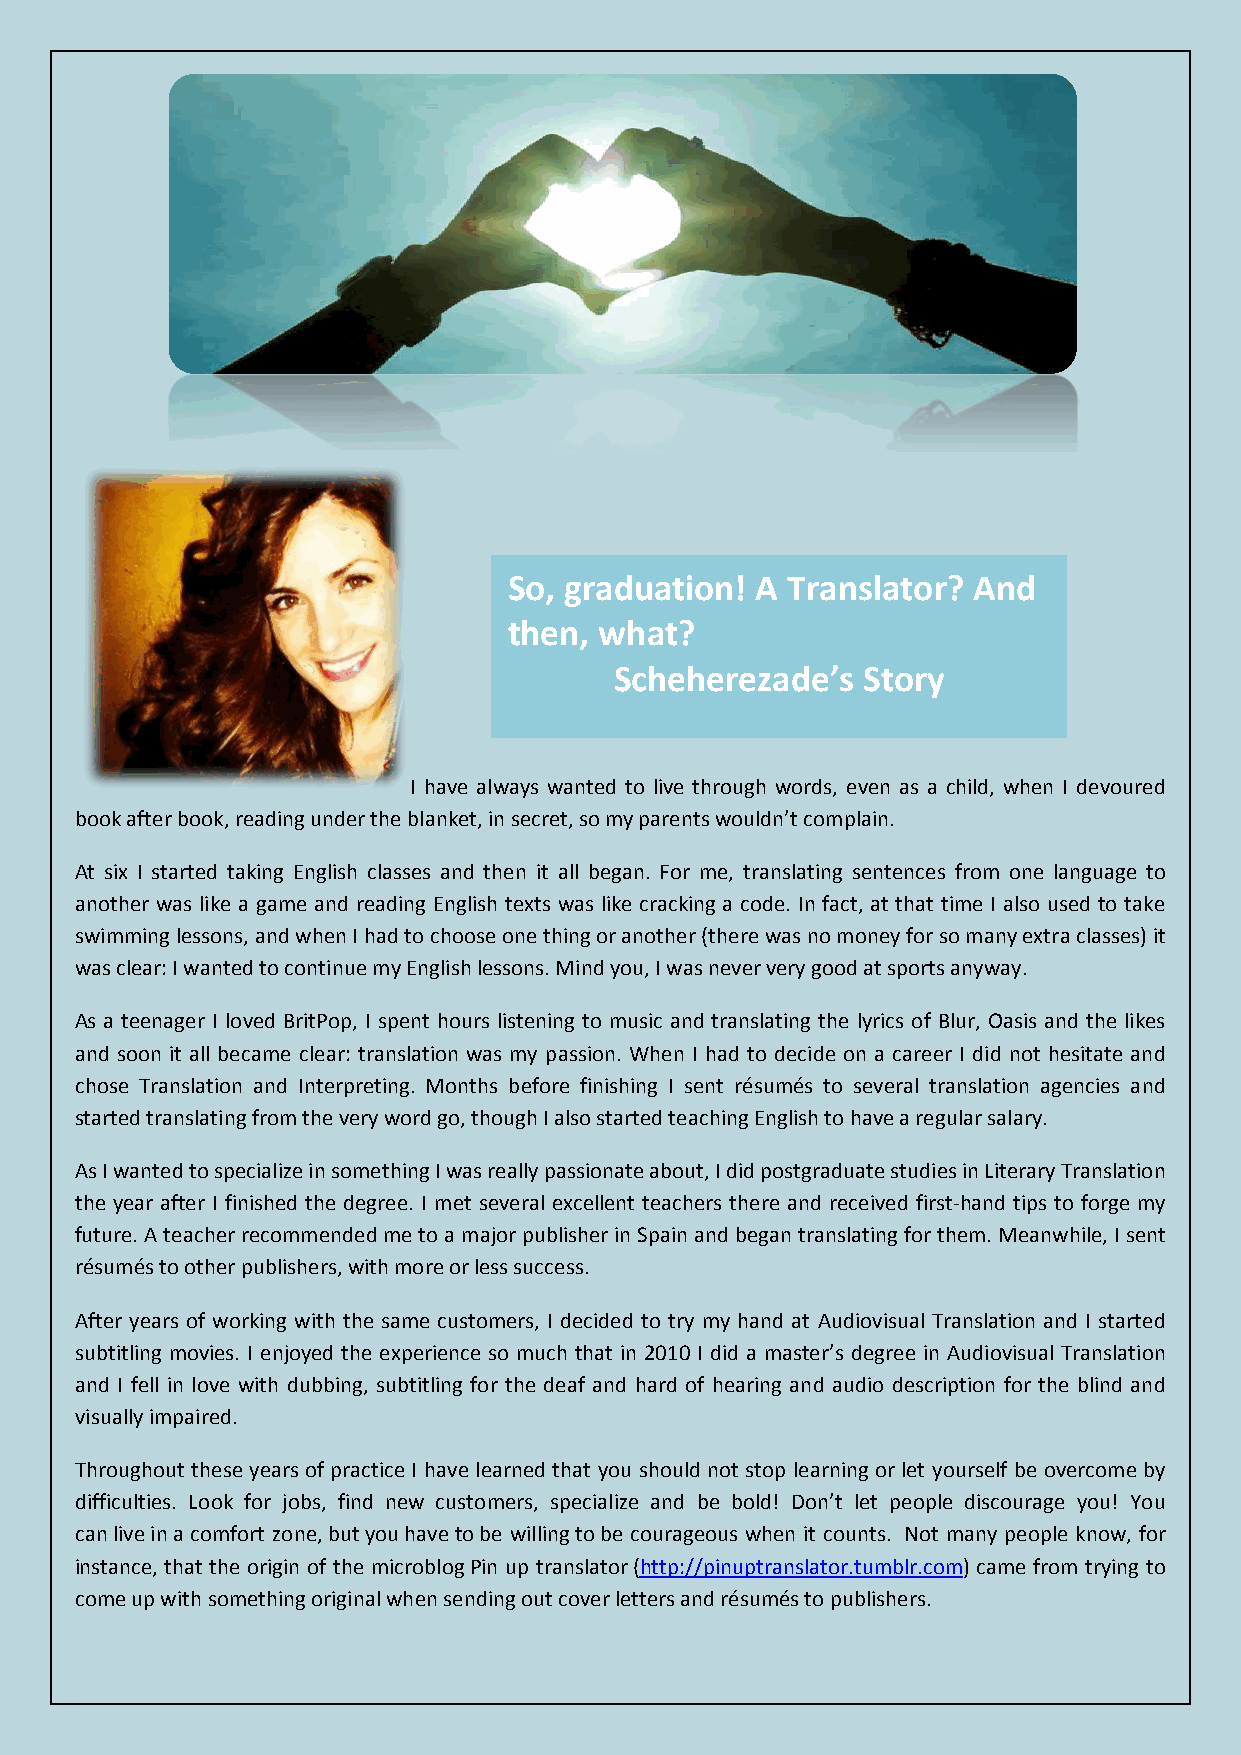
So, graduation! A Translator? And
 then, what?
 Scheherezade’s  Story
 I have always wanted to live through words, even as a child, when I devoured
 book after book, reading under the blanket, in secret, so my parents wouldn’t complain.
 At six I started taking English classes and then it all began. For me, translating sentences from one language to
 another was like a game and reading English texts was like cracking a code. In fact, at that time I also used to take
 swimming lessons, and when I had to choose one thing or another (there was no money for so many extra classes) it
 was clear: I wanted to continue my English lessons. Mind you, I was never very good at sports anyway.
 As a teenager I loved BritPop, I spent hours listening to music and translating the lyrics of Blur, Oasis and the likes
 and soon it all became clear: translation was my passion. When I had to decide on a career I did not hesitate and
 chose Translation and Interpreting. Months before finishing I sent résumés to several translation agencies and
 started translating from the very word go, though I also started teaching English to have a regular salary.
 As I wanted to specialize in something I was really passionate about, I did postgraduate studies in Literary Translation
 the year after I finished the degree. I met several excellent teachers there and received first-hand tips to forge my
 future. A teacher recommended me to a major publisher in Spain and began translating for them. Meanwhile, I sent
 résumés to other publishers, with more or less success.
 After years of working with the same customers, I decided to try my hand at Audiovisual Translation and I started
 subtitling movies. I enjoyed the experience so much that in 2010 I did a master’s degree in Audiovisual Translation
 and I fell in love with dubbing, subtitling for the deaf and hard of hearing and audio description for the blind and
 visually impaired.
 Throughout these years of practice I have learned that you should not stop learning or let yourself be overcome by
 difficulties. Look for jobs, find new customers, specialize and be bold! Don’t let people discourage you! You
 can live in a comfort zone, but you have to be willing to be courageous when it counts. Not many people know, for
 instance, that the origin of the microblog Pin up translator (http://pinuptranslator.tumblr.com) came from trying to
 come up with something original when sending out cover letters and résumés to publishers.